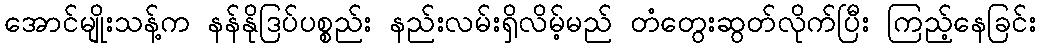
အောင်မျိုးသန့်က နန်နိုဒြပ်ပစ္စည်း နည်းလမ်းရှိလိမ့်မည် တံတွေးဆွတ်လိုက်ပြီး ကြည့်နေခြင်း